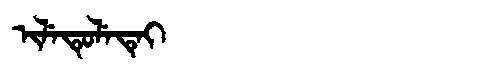
Manchu: ᡳᠯᡝᡨᡠᠯᡝᡨᡝᡳ
Romanization: ILETULETEI